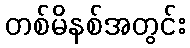
တစ်မိနစ်အတွင်း